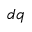
d \boldsymbol { q }